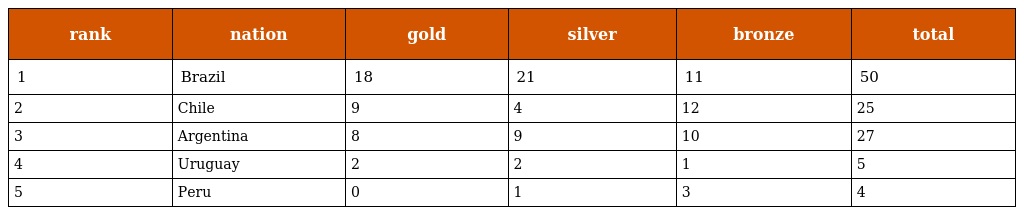
| rank | nation | gold | silver | bronze | total |
 | --- | --- | --- | --- | --- | --- |
 | 1 | Brazil | 18 | 21 | 11 | 50 |
 | 2 | Chile | 9 | 4 | 12 | 25 |
 | 3 | Argentina | 8 | 9 | 10 | 27 |
 | 4 | Uruguay | 2 | 2 | 1 | 5 |
 | 5 | Peru | 0 | 1 | 3 | 4 |